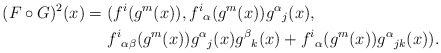
\begin{align*}(F\circ G)^2(x)&=(f^i(g^m(x)),f^i{}_\alpha(g^m(x))g^\alpha{}_j(x),\\*&\hphantom{{}={}}f^i{}_{\alpha\beta}(g^m(x))g^\alpha{}_j(x)g^\beta{}_k(x)+f^i{}_\alpha(g^m(x))g^\alpha{}_{jk}(x)).\end{align*}